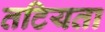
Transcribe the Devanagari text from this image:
तटियता